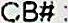
CB#: